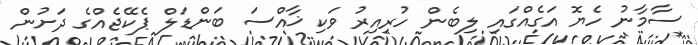
ސާމާނު ހެޔޮ އަގެއްގައި ލިބެން ހުރިއިރު ވަކި ޚާއްސަ ބަންޑަލް ޕެކޭޖެއްގެ ދަށުން